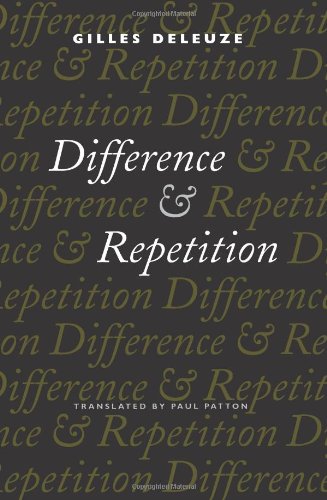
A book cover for Difference and Repetition; Gilles Deleuze; Politics & Social Sciences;